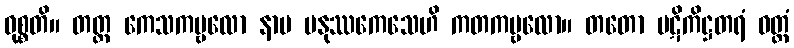
ဝုစ္စတိ။ တတ္ထ ကေသကမ္ဗလော နာမ မနုဿကေသေဟိ ကတကမ္ဗလော။ တတော ပဋိကိဋ္ဌတရံ ဝတ္ထံ